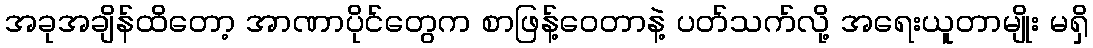
အခုအချိန်ထိတော့ အာဏာပိုင်တွေက စာဖြန့်ဝေတာနဲ့ ပတ်သက်လို့ အရေးယူတာမျိုး မရှိ